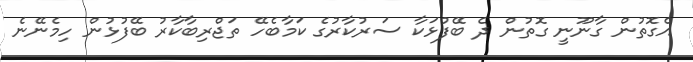
އެގޮތުން ގާނޫނީ ގޮތުން ދެ ބޭފުޅަކާ ސަރުކާރުގެ ކަމާބެހޭ ތަޖްރިބާކާރު ބޭފުޅުން ހިމެނޭނެ